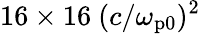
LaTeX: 16\times 16~(c/\omega_{\mathrm{p0}})^{2}